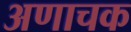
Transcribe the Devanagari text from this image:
अणाचक